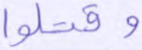
وقتلوا